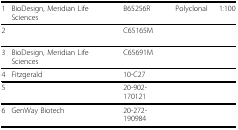
<table><thead><tr><td><b>1</b></td><td><b>BioDesign, Meridian Life Sciences</b></td><td><b>B65256R</b></td><td><b>Polyclonal</b></td><td><b>1:100</b></td></tr></thead><tbody><tr><td>2</td><td>[EMPTY_CELL]</td><td>C65165M</td><td>[EMPTY_CELL]</td><td>[EMPTY_CELL]</td></tr><tr><td>3</td><td>BioDesign, Meridian Life Sciences</td><td>C65691M</td><td>[EMPTY_CELL]</td><td>[EMPTY_CELL]</td></tr><tr><td>4</td><td>Fitzgerald</td><td>10-C27</td><td>[EMPTY_CELL]</td><td>[EMPTY_CELL]</td></tr><tr><td>5</td><td>[EMPTY_CELL]</td><td>20-902-170121</td><td>[EMPTY_CELL]</td><td>[EMPTY_CELL]</td></tr><tr><td>6</td><td>GenWay Biotech</td><td>20-272-190984</td><td>[EMPTY_CELL]</td><td>[EMPTY_CELL]</td></tr></tbody></table>